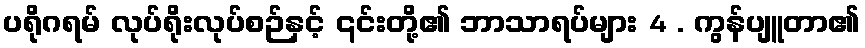
ပရိုဂရမ် လုပ်ရိုးလုပ်စဉ်နှင့် ၎င်းတို့၏ ဘာသာရပ်များ 4 . ကွန်ပျူတာ၏